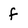
Character: f